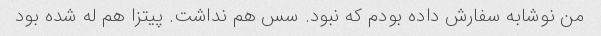
من نوشابه سفارش داده بودم که نبود. سس هم نداشت. پیتزا هم له شده بود